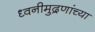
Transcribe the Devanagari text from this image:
ध्वनीमुद्रणांच्या